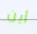
أين